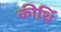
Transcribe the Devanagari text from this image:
कीर्थि